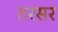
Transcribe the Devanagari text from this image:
तरसर